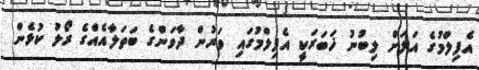
އެފިލްމުގެ އަލަށް ލިބުނު ޚަބަރަކީ އެފިލްމުގައި ވަރުން ދާވަންގެ ބަތަލާއެއްގެ ރޯލު ކުޅެން